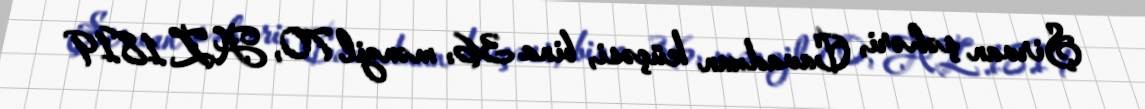
Şirvan şəhəri, Cavadxan küçəsi, bina 36, mənzil 70, AZ 1819